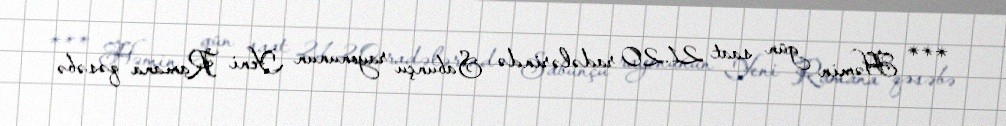
*** Həmin gün saat 21.20 radələrində Sabunçu rayonunun Yeni Ramana qəsəbə